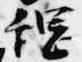
綱